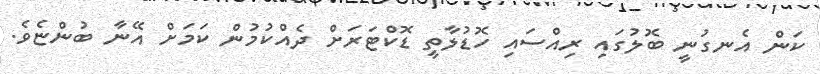
ކަން އެނގުނީ ބޮލުގައި ރިއްސައި ހޮޑުލާތީ ޑޮކްޓަރަށް ދެއްކުމުން ކަމަށް އޭނާ ބުންޏެވެ.